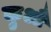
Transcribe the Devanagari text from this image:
कुऔ